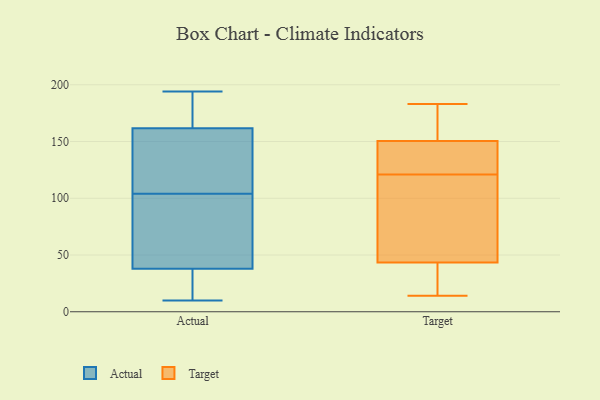
{"axis": {"x": "Tickets Resolved", "y": "Value"}, "legend": ["Actual", "Target"], "data": [{"x": "", "y": 104, "type": "Actual"}, {"x": "", "y": 149, "type": "Actual"}, {"x": "", "y": 166, "type": "Actual"}, {"x": "", "y": 33, "type": "Actual"}, {"x": "", "y": 178, "type": "Actual"}, {"x": "", "y": 10, "type": "Actual"}, {"x": "", "y": 194, "type": "Actual"}, {"x": "", "y": 115, "type": "Actual"}, {"x": "", "y": 53, "type": "Actual"}, {"x": "", "y": 85, "type": "Actual"}, {"x": "", "y": 12, "type": "Actual"}, {"x": "", "y": 121, "type": "Target"}, {"x": "", "y": 95, "type": "Target"}, {"x": "", "y": 68, "type": "Target"}, {"x": "", "y": 61, "type": "Target"}, {"x": "", "y": 40, "type": "Target"}, {"x": "", "y": 124, "type": "Target"}, {"x": "", "y": 127, "type": "Target"}, {"x": "", "y": 19, "type": "Target"}, {"x": "", "y": 137, "type": "Target"}, {"x": "", "y": 155, "type": "Target"}, {"x": "", "y": 155, "type": "Target"}, {"x": "", "y": 156, "type": "Target"}, {"x": "", "y": 163, "type": "Target"}, {"x": "", "y": 54, "type": "Target"}, {"x": "", "y": 183, "type": "Target"}, {"x": "", "y": 15, "type": "Target"}, {"x": "", "y": 124, "type": "Target"}, {"x": "", "y": 26, "type": "Target"}, {"x": "", "y": 14, "type": "Target"}]}